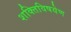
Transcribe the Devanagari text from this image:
शक्तिविषयेण